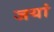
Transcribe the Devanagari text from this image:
जयां